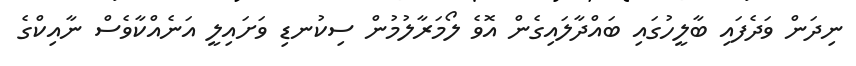
ނިދަން ވަދެފައި ބާލީހުގައި ބައްދާލައިގެން އޮވެ ލޯމަރާލުމުން ސިކުނޑި ވަށައިލީ އަނެއްކާވެސް ނާއިކްގެ